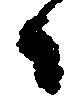
々